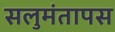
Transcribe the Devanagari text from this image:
सलुमंतापस